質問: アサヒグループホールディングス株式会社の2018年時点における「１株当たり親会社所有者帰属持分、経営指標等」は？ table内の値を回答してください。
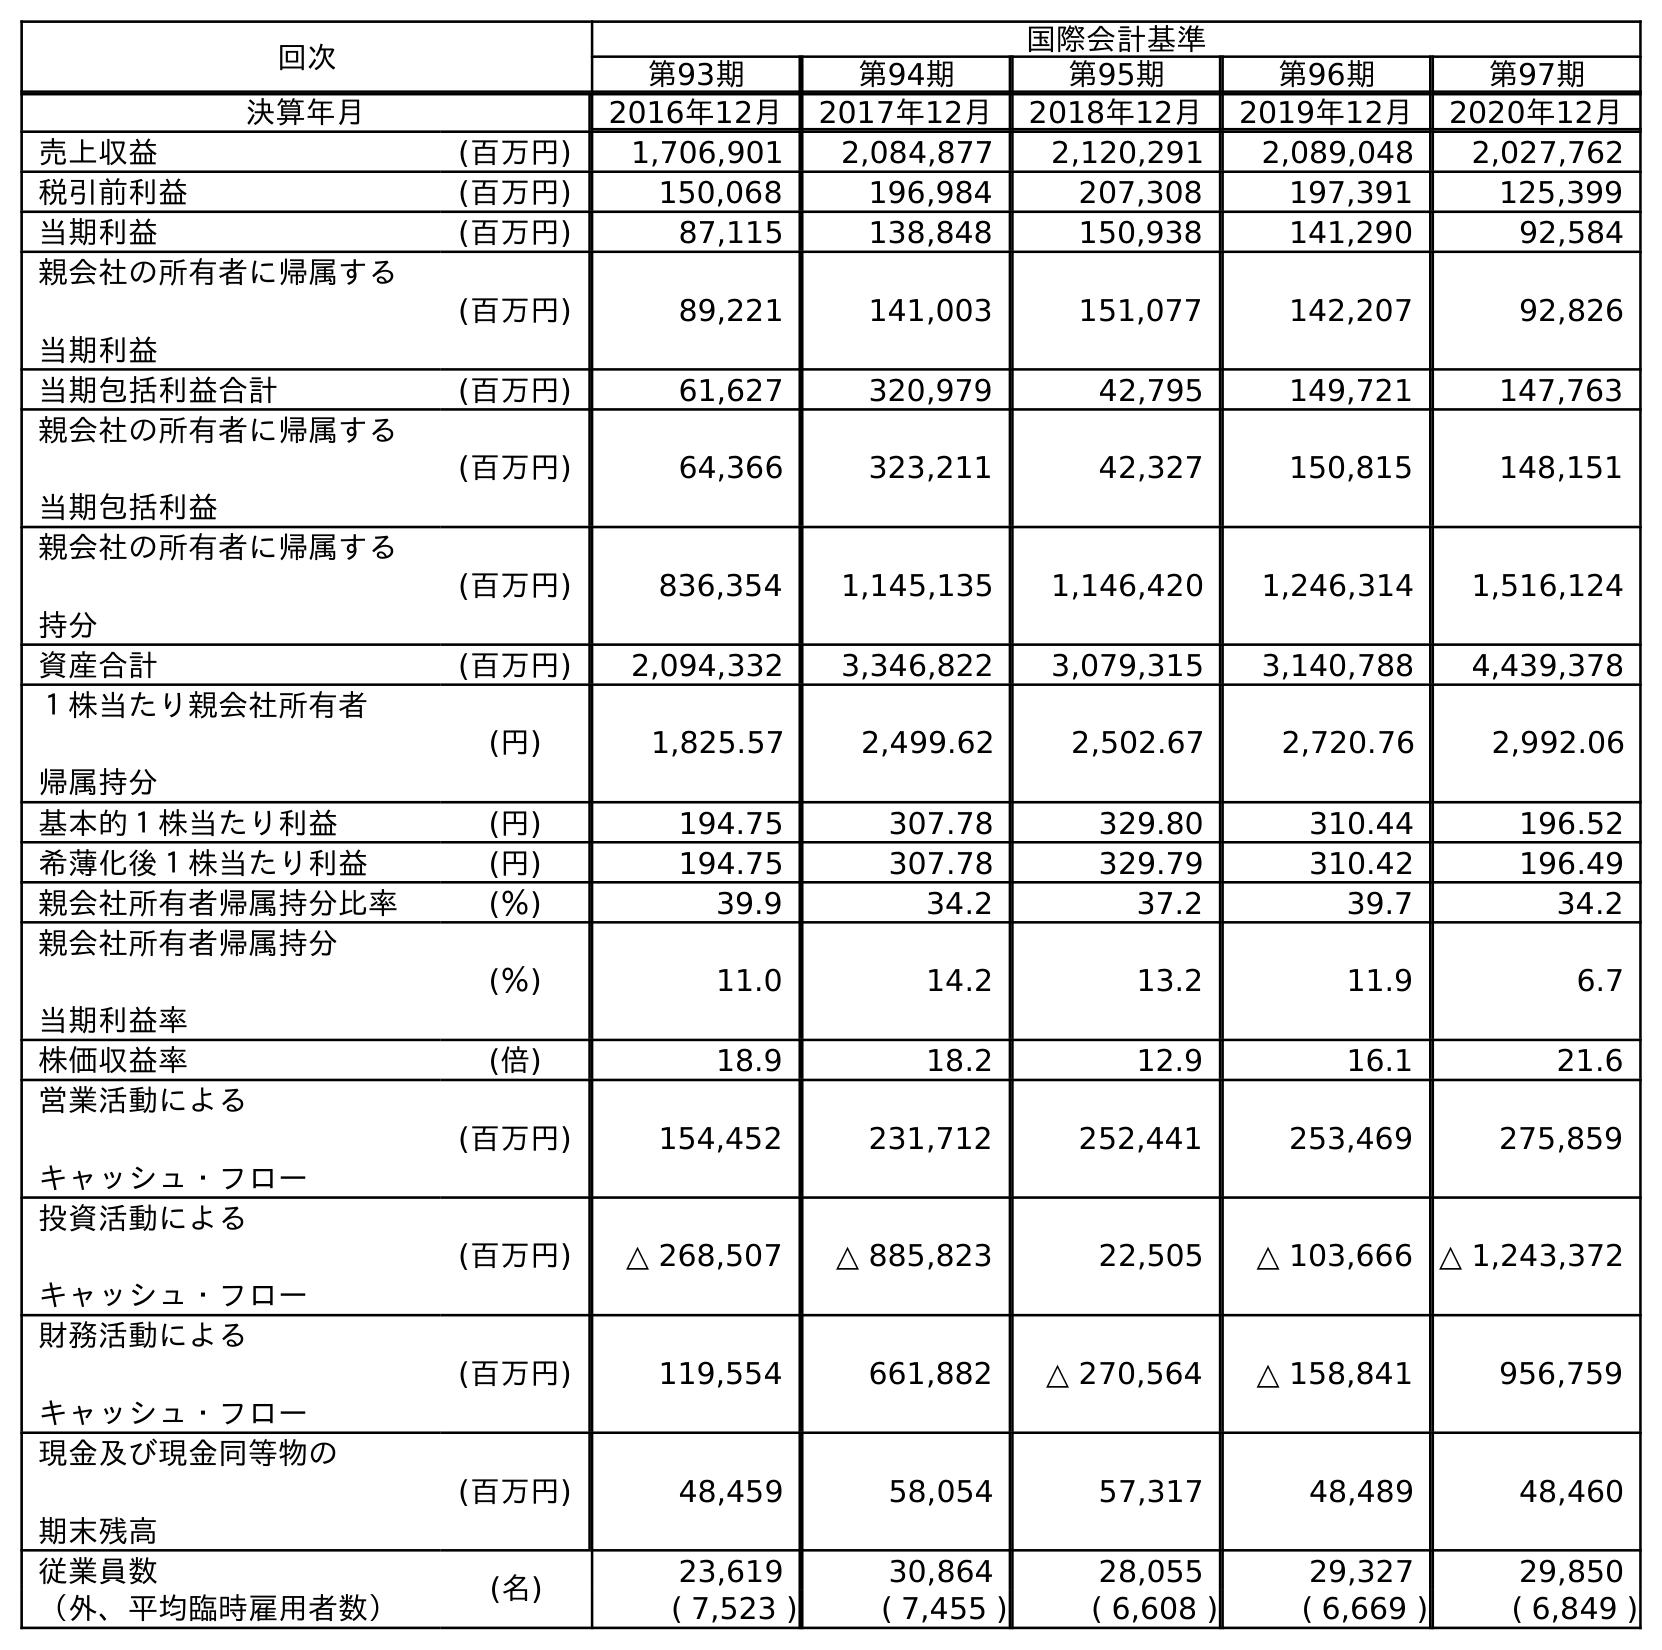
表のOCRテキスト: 回次 国際会計基準 第93期 第94期 第95期 第96期 第97期 決算年月 2016年12月 2017年12月 2018年12月 2019年12月 2020年12月 売上収益 (百万円) 1,706,901 2,084,877 2,120,291 2,089,048 2,027,762 税引前利益 (百万円) 150,068 196,984 207,308 197,391 125,399 当期利益 (百万円) 87,115 138,848 150,938 141,290 92,584 親会社の所有者に帰属する 当期利益 (百万円) 89,221 141,003 151,077 142,207 92,826 当期包括利益合計 (百万円) 61,627 320,979 42,795 149,721 147,763 親会社の所有者に帰属する 当期包括利益 (百万円) 64,366 323,211 42,327 150,815 148,151 親会社の所有者に帰属する 持分 (百万円) 836,354 1,145,135 1,146,420 1,246,314 1,516,124 資産合計 (百万円) 2,094,332 3,346,822 3,079,315 3,140,788 4,439,378 １株当たり親会社所有者 帰属持分 (円) 1,825.57 2,499.62 2,502.67 2,720.76 2,992.06 基本的１株当たり利益 (円) 194.75 307.78 329.80 310.44 196.52 希薄化後１株当たり利益 (円) 194.75 307.78 329.79 310.42 196.49 親会社所有者帰属持分比率 (％) 39.9 34.2 37.2 39.7 34.2 親会社所有者帰属持分 当期利益率 (％) 11.0 14.2 13.2 11.9 6.7 株価収益率 (倍) 18.9 18.2 12.9 16.1 21.6 営業活動による キャッシュ・フロー (百万円) 154,452 231,712 252,441 253,469 275,859 投資活動による キャッシュ・フロー (百万円) △ 268,507 △ 885,823 22,505 △ 103,666 △ 1,243,372 財務活動による キャッシュ・フロー (百万円) 119,554 661,882 △ 270,564 △ 158,841 956,759 現金及び現金同等物の 期末残高 (百万円) 48,459 58,054 57,317 48,489 48,460 従業員数 (名) 23,619 30,864 28,055 29,327 29,850 （外、平均臨時雇用者数） ( 7,523 ) ( 7,455 ) ( 6,608 ) ( 6,669 ) ( 6,849 )
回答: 2,502.67